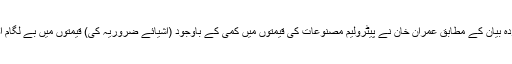
دفتر وزیراعظم سے جاری کردہ بیان کے مطابق عمران خان نے پیٹرولیم مصنوعات کی قیمتوں میں کمی کے باوجود (اشیائے ضروریہ کی) قیمتوں میں بے لگام اضافے پر برہمی کا اظہار کیا۔